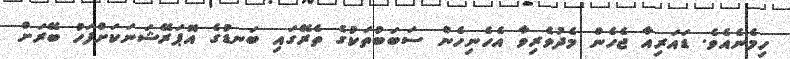
ހިމެނެއެވެ. ޑައަރިއާ ޖެހެން މެދުވެރިވާ އެހެނިހެން ސަބަބުތަކުގެ ތެރޭގައި ބަނޑުގެ އޮޕަރޭޝަނަކަށްފަހު ބޭރަށް